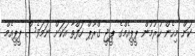
ކަން މިހެން ހުރުމުން ޕީޕީއެމްގެ ޕީޖީ ގްރޫޕް ހަފްތާ އަކަށް ނަމަވެސް ޕީޕީއެމް